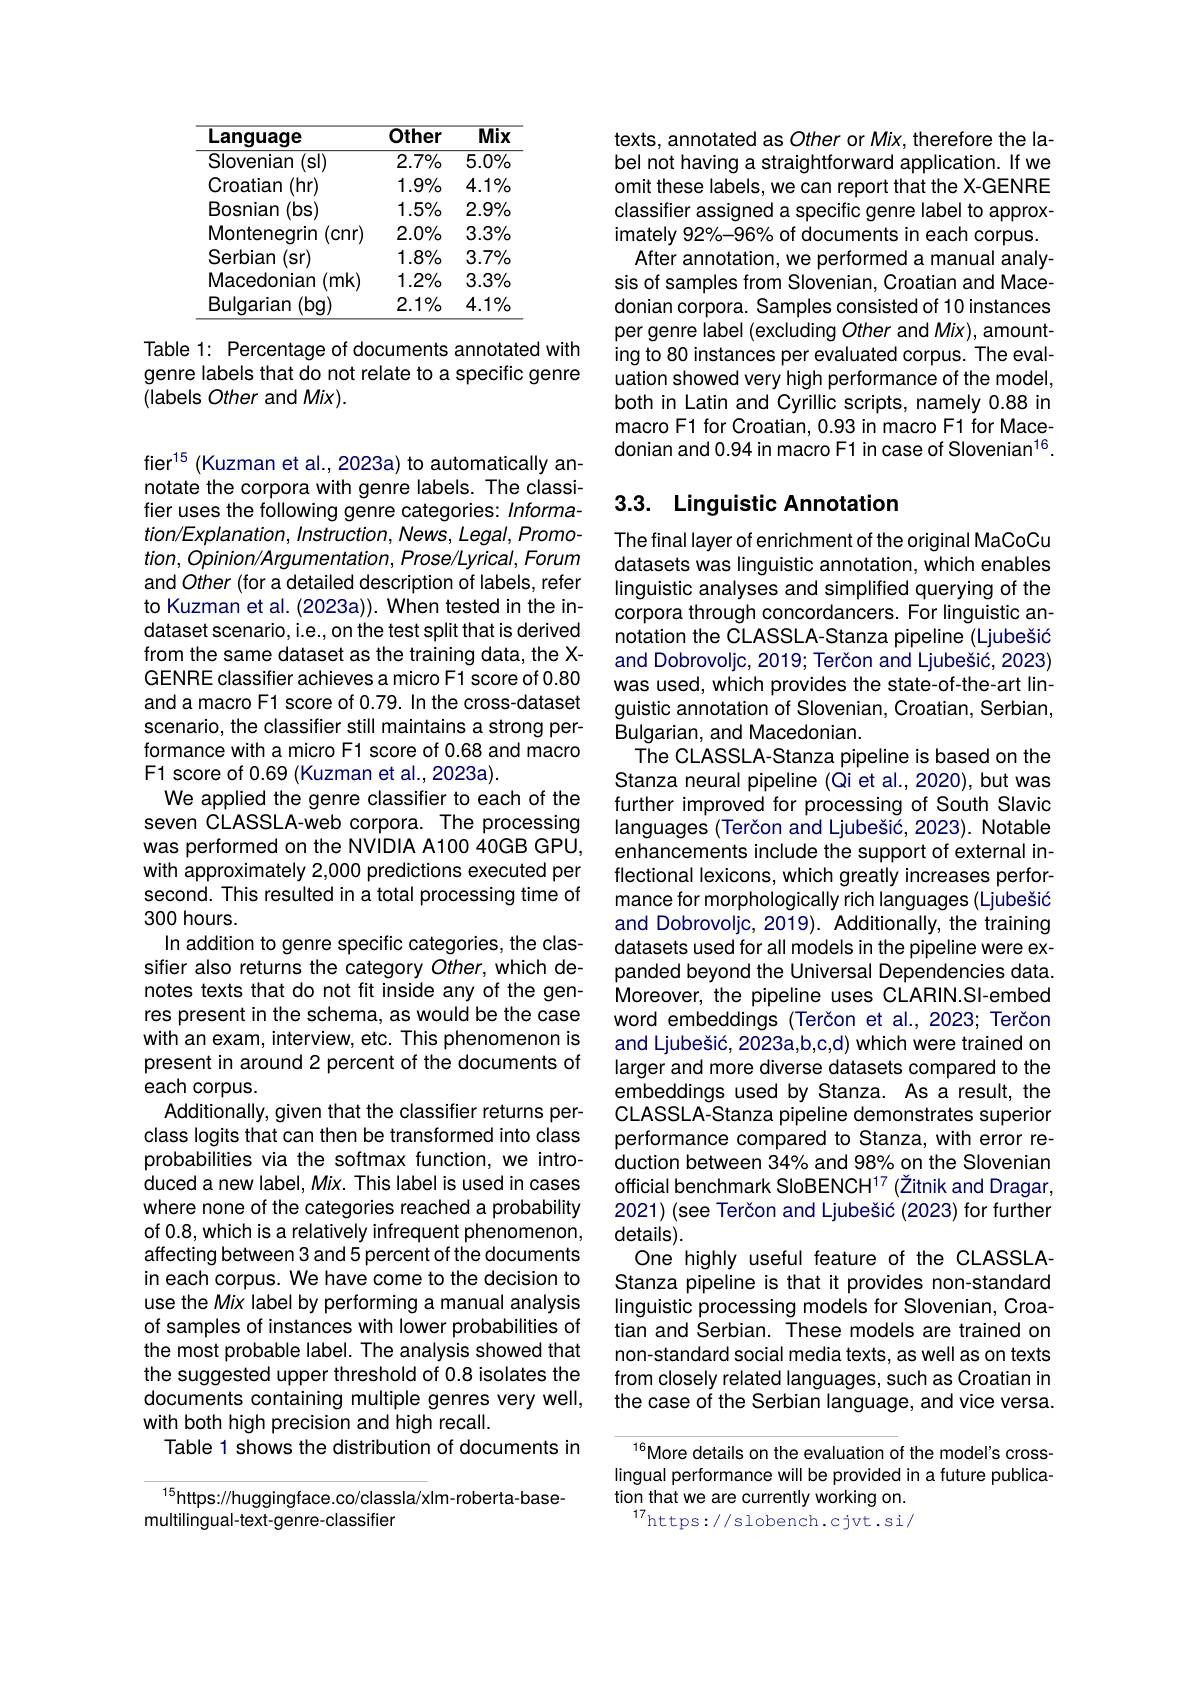
<table>
	<tbody>
		<tr>
			<th>Language</th>
			<th>Other</th>
			<th>Mix</th>
		</tr>
		<tr>
			<td>Slovenian $(\mathbf{s}|)$</td>
			<td>$2.7\%$</td>
			<td>$\overline{5.0\%}$</td>
		</tr>
		<tr>
			<td>Croatian (hr)</td>
			<td>$1.9\%$</td>
			<td>$4.1\%$</td>
		</tr>
		<tr>
			<td>Bosnian $(\mathbf{bs}$</td>
			<td>$1.5\%$</td>
			<td>$2.9\%$</td>
		</tr>
		<tr>
			<td>Montenegrin Cnr</td>
			<td>$2.0\%$</td>
			<td>$3.3\%$</td>
		</tr>
		<tr>
			<td>Serbian (sr)</td>
			<td>$1.8\%$</td>
			<td>$3.7\%$</td>
		</tr>
		<tr>
			<td>Macedonian $(mk$</td>
			<td>$1.2\%$</td>
			<td>$3.3\%$</td>
		</tr>
		<tr>
			<td>Bulgarian $(\mathbf{bg})$</td>
			<td>$2.1\%$</td>
			<td>$4.1\%$</td>
		</tr>
	</tbody>
</table>

Table 1: Percentage of documents annotated with genre labels that do not relate to a specific genre (labels Other and Mix).

fier$^15$ (Kuzman et al.,2023a) to automatically annotate the corpora with genre labels. The classifier uses the following genre categories: Informa- $tion/Explanation,Instruction,News,Legal,Promo-$ $tion,Opinion/Argumentation,Prose/Lyrical,Forum$ and Other (for a detailed description of labels, refer to Kuzman et al. (2023a)). When tested in the indataset scenario, i.e., on the test split that is derived from the same dataset as the training data, the XGENRE classifier achieves a micro F1 score of 0.80 and a macro F1 score of 0.79. In the cross-dataset scenario, the classifier still maintains a strong performance with a micro F1 score of 0.68 and macro F1 score of 0.69 (Kuzman et al.,2023a).
We applied the genre classifier to each of the seven CLASSLA-web corpora. The processing was performed on the NViDIA A100 40GB GPU, with approximately 2,000 predictions executed per second. This resulted in a total processing time of 300 hours.
In addition to genre specific categories, the classifier also returns the category Other, which denotes texts that do not fit inside any of the genres present in the schema, as would be the case with an exam, interview, etc. This phenomenon is present in around 2 percent of the documents of each corpus.
Additionally, given that the classifier returns perclass logits that can then be transformed into class probabilities via the softmax function, we introduced a new label, Mix. This label is used in cases where none of the categories reached a probability of 0.8, which is a relatively infrequent phenomenon, affecting between 3 and 5 percent of the documents in each corpus. We have come to the decision to use the Mix label by performing a manual analysis of samples of instances with lower probabilities of the most probable label. The analysis showed that the suggested upper threshold of 0.8 isolates the documents containing multiple genres very well, with both high precision and high recall.
Table 1 shows the distribution of documents in

$^{15}$https://huggingface.co/classla/x|m-roberta-base-
multilingual-text-genre-classifier

texts, annotated as Other or Mix, therefore the label not having a straightforward application. If we omit these labels, we can report that the X-GENRE classifier assigned a specific genre label to approximately 92%-96% of documents in each corpus. After annotation, we performed a manual analysis of samples from Slovenian, Croatian and Macedonian corpora. Samples consisted of 10 instances per genre label (excluding Other and Mix), amounting to 80 instances per evaluated corpus. The evaluation showed very high performance of the model, both in Latin and Cyrillic scripts, namely 0.88 in macro F1 for Croatian, 0.93 in macro F1 for Macedonian and 0.94 in macro F1 in case of Slovenian$^{16}.$

# 3.3. Linguistic Annotation

The final layer of enrichment of the original MaCoCu datasets was linguistic annotation, which enables linguistic analyses and simplified querying of the corpora through concordancers. For linguistic annotation the CLASSLA-Stanza pipeline (Ljubešić and Dobrovoljc, 2019; Terčon and Ljubešić, 2023) was used, which provides the state-of-the-art linguistic annotation of Slovenian, Croatian, Serbian, Bulgarian, and Macedonian.
The CLASSLA-Stanza pipeline is based on the Stanza neural pipeline (Qi et al., 2020), but was further improved for processing of South Slavic languages (Terčon and Ljubešić, 2023). Notable enhancements include the support of external inflectional lexicons, which greatly increases performance for morphologically rich languages (Ljubešić and Dobrovoljc, 2019). Additionally, the training datasets used for all models in the pipeline were expanded beyond the Universal Dependencies data. Moreover, the pipeline uses CLARIN.SI-embed word embeddings (Terčon et al.,2023; Terčon and Ljubešić, 2023a,b,c,d) which were trained on larger and more diverse datasets compared to the embeddings used by Stanza. As a result, the CLASSLA-Stanza pipeline demonstrates superior performance compared to Stanza, with error reduction between 34% and 98% on the Slovenian official benchmark SloBENCH$^{17}$ (Žitnik and Dragar, 2021) (see Terčon and Ljubešić (2023) for further $details).$
One highly useful feature of the CLASSLAStanza pipeline is that it provides non-standard linguistic processing models for Slovenian, Croatian and Serbian. These models are trained on non-standard social media texts, as well as on texts from closely related languages, such as Croatian in the case of the Serbian language, and vice versa. $^{16}$More details on the evaluation of the model's cross-

lingual performance will be provided in a future publica-
tion that we are currently working on. $^{17}$https://slobench.cjvt.si/